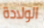
الولادة